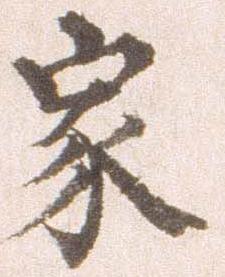
家